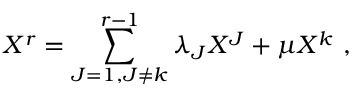
X ^ { r } = \sum _ { J = 1 , J \not = k } ^ { r - 1 } \lambda _ { J } X ^ { J } + \mu X ^ { k } \ ,